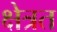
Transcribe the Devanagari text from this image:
क्षेत्रत